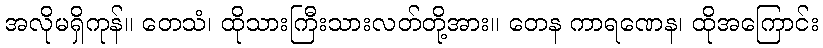
အလိုမရှိကုန်။ တေသံ၊ ထိုသားကြီးသားလတ်တို့အား။ တေန ကာရဏေန၊ ထိုအကြောင်း